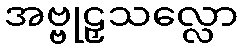
အဗ္ဗုဠှသလ္လော